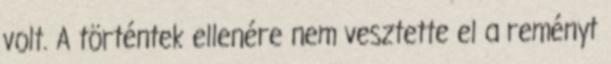
volt. A történtek ellenére nem vesztette el a reményt